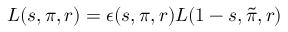
L ( s , \pi , r ) = \epsilon ( s , \pi , r ) L ( 1 - s , { \tilde { \pi } } , r )